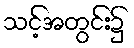
သင့်အတွင်း၌